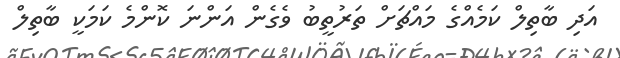
އަދި ބާތިލް ކަމެއްގެ މައްޗަށް ތަރުތީބު ވެގެން އަންނަ ކޮންމެ ކަމަކީ ބާތިލް